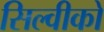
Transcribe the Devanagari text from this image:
सिल्वीको